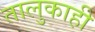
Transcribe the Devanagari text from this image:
तालुकाही